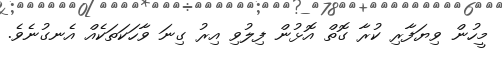
މީހުން ވިޔަފާރި ކުރާ ގޮތް އޮޅުން ފިލުވި އިރު ގިނަ ވާހަކަތަކެއް އެނގުނެވެ.